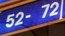
52-72